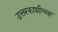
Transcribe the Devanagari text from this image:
उत्तरकाशीच्या